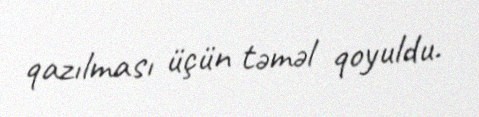
qazılması üçün təməl qoyuldu.